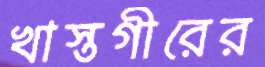
খাস্তগীরের